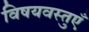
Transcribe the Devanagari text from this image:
विषयवस्तुएँ